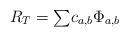
LaTeX: \begin{align*}R_{T}={\textstyle\sum}c_{a,b}\Phi_{a,b} \end{align*}